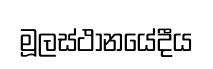
මූලස්ථානයේදීය